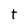
Character: t